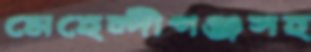
মেহেন্দীগঞ্জসহ